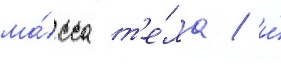
ма́сса т'е́ла / и́